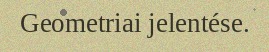
Geometriai jelentése.